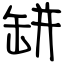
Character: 缾